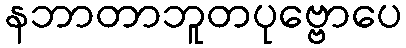
နဘာတာဘူတပုဗ္ဗောပေ